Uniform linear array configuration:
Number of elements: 12
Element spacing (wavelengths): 0.75
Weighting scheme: hann
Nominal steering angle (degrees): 15
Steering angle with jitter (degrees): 14.688
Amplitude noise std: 0.05
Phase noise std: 0.05

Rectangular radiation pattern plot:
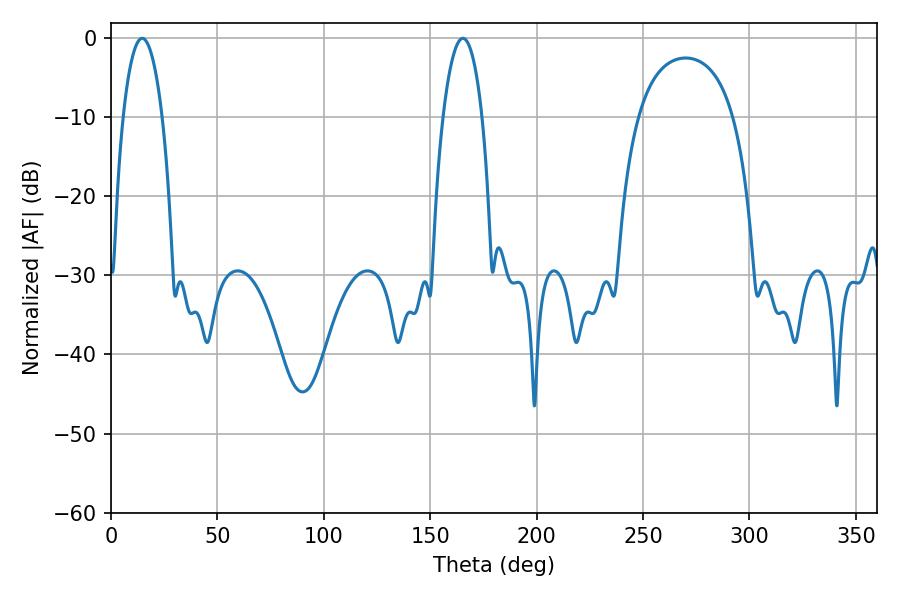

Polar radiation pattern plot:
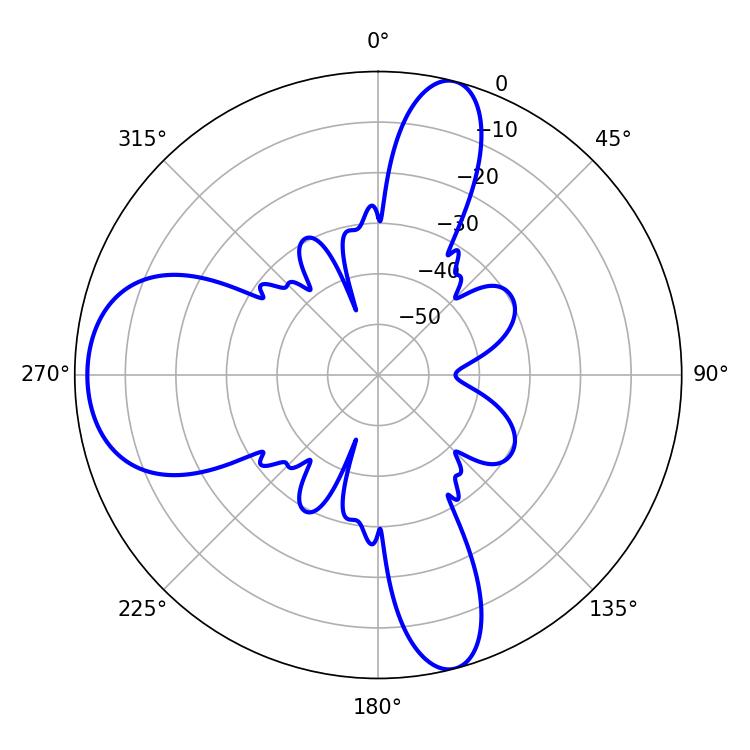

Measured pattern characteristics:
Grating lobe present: TRUE
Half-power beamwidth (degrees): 10.26
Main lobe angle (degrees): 14.58